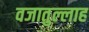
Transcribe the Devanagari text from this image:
वजातुल्लाह